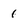
Character: 1